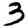
Digit: 3